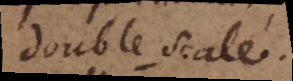
double scale.